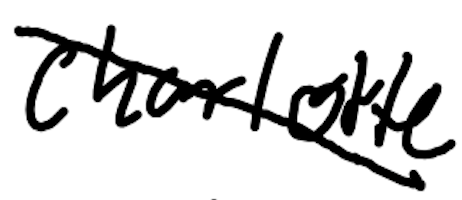
Text: Charlotte
Cross-out: mix
Writing tool: digital_black